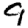
Digit: 9